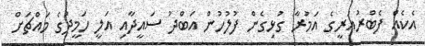
އެކެއް ފެބްރުއަރީގެ އަމުރާ ގުޅިގެން ފުލުހުން އަބްދު ސައީދާއި އަލީ ހަމީދުގެ މައްޗަށް